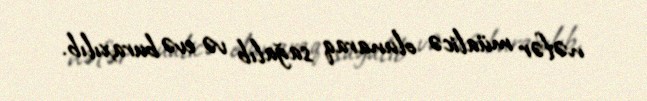
nəfər müalicə olunaraq sağalıb və evə buraxılıb.